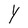
Character: Y